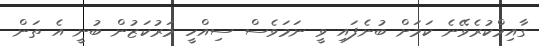
ގާއިމްކުރެވޭނެ ކަމަށް ބުނެފައި ވީ ނަމަވެސް ސިއްހީ މަރުކަޒުން ބުނީ އެ ތަން